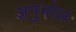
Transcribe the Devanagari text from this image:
अनुमोल